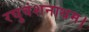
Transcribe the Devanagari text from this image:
रघुवंशनाथम।